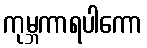
ကုမ္ဘကာရပါကော